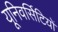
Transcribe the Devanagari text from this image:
यूनिवर्सिटियों